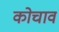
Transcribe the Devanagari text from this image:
कोचाव